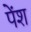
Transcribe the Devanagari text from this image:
पेंश